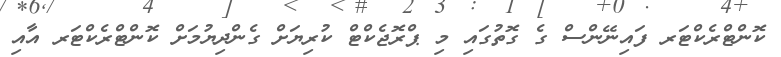
ކޮންޓްރެކްޓަރ ފައިނޭންސް ގެ ގޮތުގައި މި ޕްރޮޖެކްޓް ކުރިޔަށް ގެންދިޔުމަށް ކޮންޓްރެކްޓަރ އާއި